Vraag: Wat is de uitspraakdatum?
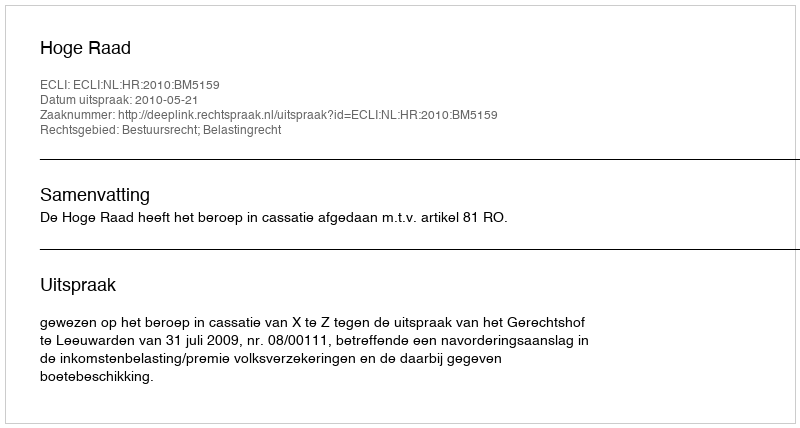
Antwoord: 2010-05-21